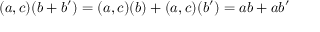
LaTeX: ( a , c ) ( b + b ^ { \prime } ) = ( a , c ) ( b ) + ( a , c ) ( b ^ { \prime } ) = a b + a b ^ { \prime }